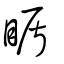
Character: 瞃